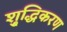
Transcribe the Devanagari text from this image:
शु्द्धिकरण